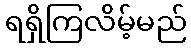
ရရှိကြလိမ့်မည်